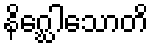
နိဂ္ဃေါသောတိ